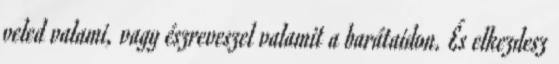
veled valami, vagy észreveszel valamit a barátaidon. És elkezdesz